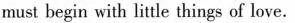
must begin with little things of love.